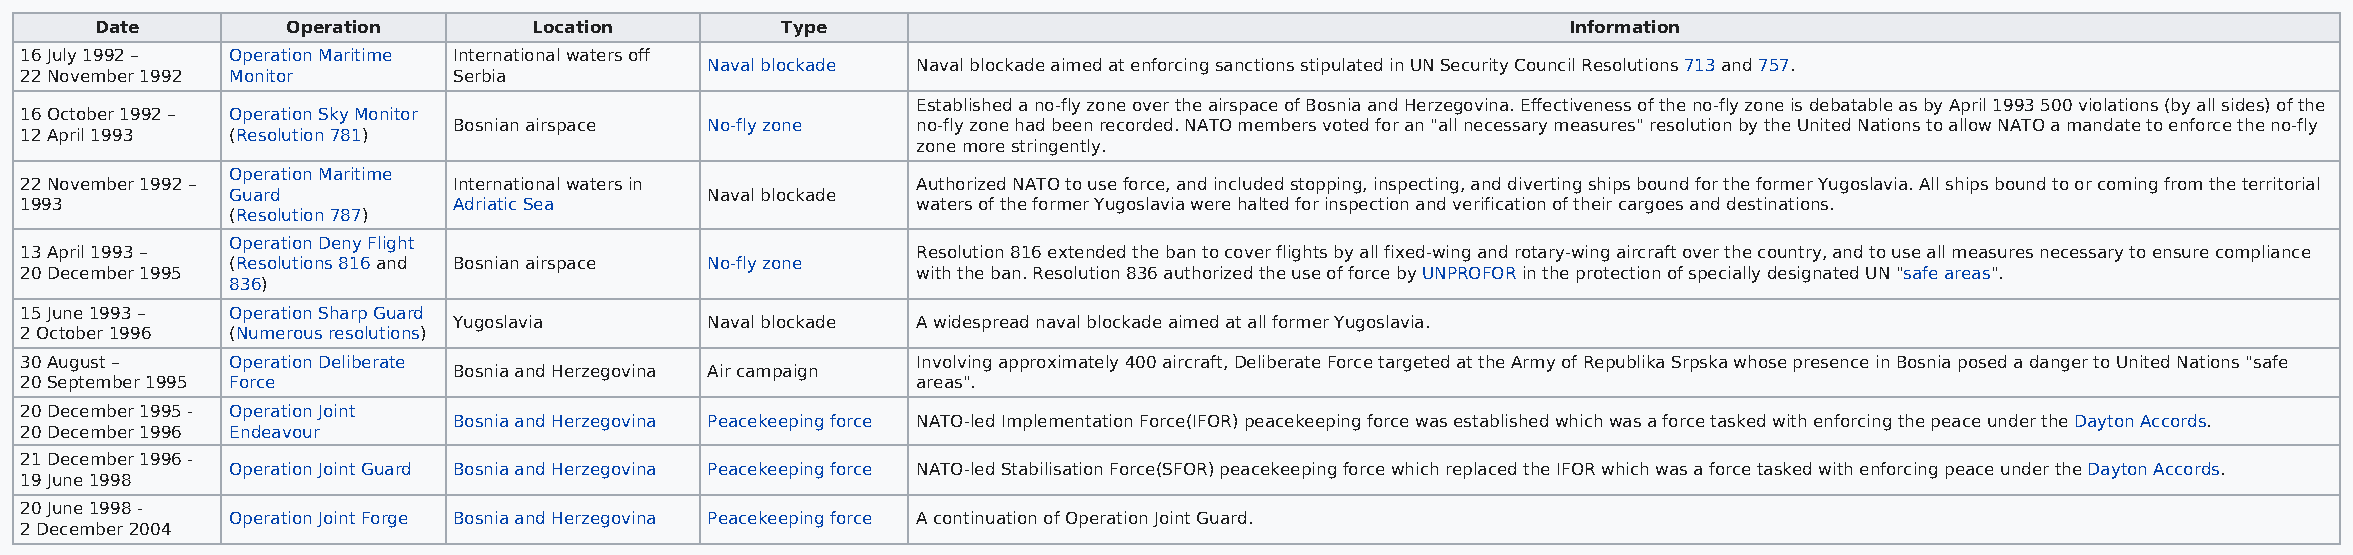
Date         Operation       Location         Type                                                Information
 16 July 1992 – Operation Maritime International waters off
 Naval blockade Naval blockade aimed at enforcing sanctions stipulated in UN Security Council Resolutions 713 and 757.
 22 November 1992 Monitor     Serbia
 Established a no-fly zone over the airspace of Bosnia and Herzegovina. Effectiveness of the no-fly zone is debatable as by April 1993 500 violations (by all sides) of the
 16 October 1992 – Operation Sky Monitor
 Bosnian airspace No-fly zone   no-fly zone had been recorded. NATO members voted for an "all necessary measures" resolution by the United Nations to allow NATO a mandate to enforce the no-fly
 12 April 1993 (Resolution 781)
 zone more stringently.
 Operation Maritime
 22 November 1992 –           International waters in        Authorized NATO to use force, and included stopping, inspecting, and diverting ships bound for the former Yugoslavia. All ships bound to or coming from the territorial
 Guard                           Naval blockade
 1993                         Adriatic Sea                   waters of the former Yugoslavia were halted for inspection and verification of their cargoes and destinations.
 (Resolution 787)
 Operation Deny Flight
 13 April 1993 –                                             Resolution 816 extended the ban to cover flights by all fixed-wing and rotary-wing aircraft over the country, and to use all measures necessary to ensure compliance
 (Resolutions 816 and Bosnian airspace No-fly zone
 20 December 1995                                            with the ban. Resolution 836 authorized the use of force by UNPROFOR in the protection of specially designated UN "safe areas".
 836)
 15 June 1993 – Operation Sharp Guard
 Yugoslavia       Naval blockade A widespread naval blockade aimed at all former Yugoslavia.
 2 October 1996 (Numerous resolutions)
 30 August –   Operation Deliberate                          Involving approximately 400 aircraft, Deliberate Force targeted at the Army of Republika Srpska whose presence in Bosnia posed a danger to United Nations "safe
 Bosnia and Herzegovina Air campaign
 20 September 1995 Force                                     areas".
 20 December 1995 - Operation Joint
 Bosnia and Herzegovina Peacekeeping force NATO-led Implementation Force(IFOR) peacekeeping force was established which was a force tasked with enforcing the peace under the Dayton Accords.
 20 December 1996 Endeavour
 21 December 1996 -
 Operation Joint Guard Bosnia and Herzegovina Peacekeeping force NATO-led Stabilisation Force(SFOR) peacekeeping force which replaced the IFOR which was a force tasked with enforcing peace under the Dayton Accords.
 19 June 1998
 20 June 1998 -
 Operation Joint Forge Bosnia and Herzegovina Peacekeeping force A continuation of Operation Joint Guard.
 2 December 2004